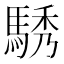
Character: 𮪆